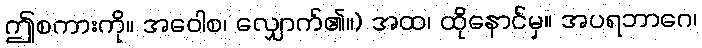
ဤစကားကို။ အဝေါစ၊ လျှောက်၏။) အထ၊ ထိုနောင်မှ။ အပရဘာဂေ၊